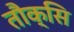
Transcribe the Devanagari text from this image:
तौक्सि